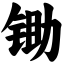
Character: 锄